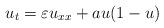
LaTeX: \begin{align*}u_{t}=\varepsilon u_{xx}+au(1-u) \end{align*}